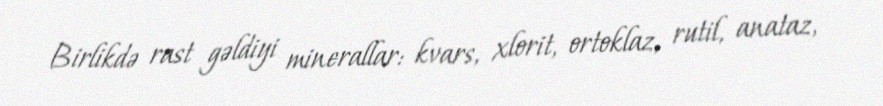
Birlikdə rast gəldiyi minerallar: kvars, xlorit, ortoklaz, rutil, anataz,